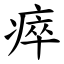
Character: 瘁